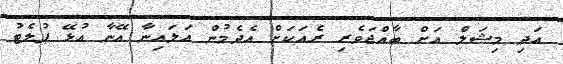
އަދި މިޝަލް އަށް ބާއްޖަވެރި ރެއަކަށް އެދެމުން އަލައިނާ އޭނާ އުޅޭ ޕުލެޓު